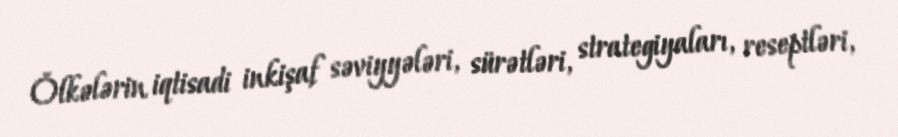
Ölkələrin iqtisadi inkişaf səviyyələri, sürətləri, strategiyaları, reseptləri,